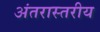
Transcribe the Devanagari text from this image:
अंतरास्तरीय